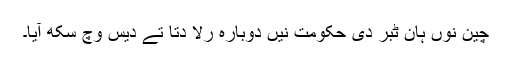
چین نوں ہان ٹبر دی حکومت نیں دوبارہ رلا دتا تے دیس وچ سکھ آیا۔